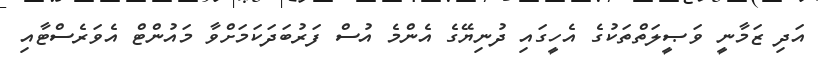
އަދި ޒަމާނީ ވަޞީލަތްތަކުގެ އެހީގައި ދުނިޔޭގެ އެންމެ އުސް ފަރުބަދަކަމަށްވާ މައުންޓް އެވަރެސްޓާއި